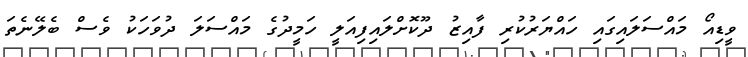
ވީޑިއޯ މައްސަލައިގައި ހައްޔަރުކުރި ފާއިޒު ދޫކޮށްލައިފިއަލީ ހަމީދުގެ މައްސަލަ ދުވަހަކު ވެސް ބެލޭނެތަ